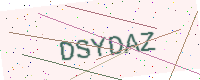
Text: DSYDAZ